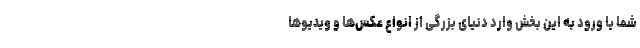
شما با ورود به این بخش وارد دنیای بزرگی از انواع عکس‌ها و ویدیو‌ها